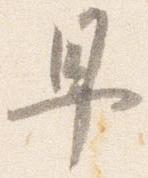
早